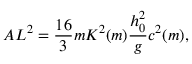
A L ^ { 2 } = \frac { 1 6 } { 3 } m K ^ { 2 } ( m ) \frac { h _ { 0 } ^ { 2 } } { g } c ^ { 2 } ( m ) ,